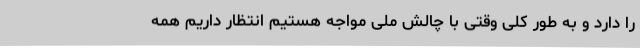
را دارد و به طور کلی وقتی با چالش ملی مواجه هستیم انتظار داریم همه